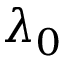
\lambda _ { 0 }